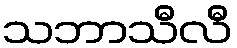
သဘာသီလီ